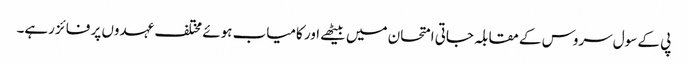
پی کے سول سروس کے مقابلہ جاتی امتحان میں بیٹھے اور کامیاب ہوئے مختلف عہدوں پر فائز رہے۔